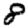
Digit: 8